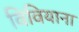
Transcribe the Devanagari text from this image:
विवियाना